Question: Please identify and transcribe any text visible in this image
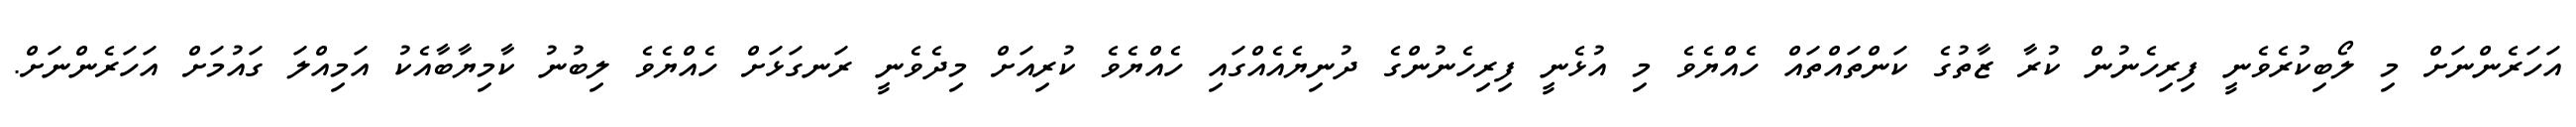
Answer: އަހަރެންނަށް މި ލޯބިކުރެވެނީ ފިރިހެނުން ކުރާ ޒާތުގެ ކަންތައްތައް ހެއްޔެވެ މި އުޅެނީ ފިރިހެނުންގެ ދުނިޔެއެއްގައި ހެއްޔެވެ ކުރިއަށް މިދެވެނީ ރަނގަޅަށް ހެއްޔެވެ ލިބުނު ކާމިޔާބާއެކު އަމިއްލަ ގައުމަށް އަހަރެންނަށް.